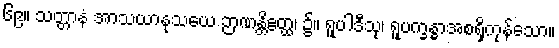
၆၉။ သတ္တာနံ အာသယာနုသယေ ဉာဏန္တိဧတ္ထ၊ ၌။ ရူပါဒီသု၊ ရူပက္ခန္ဓာအစရှိကုန်သော။